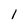
Character: I